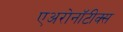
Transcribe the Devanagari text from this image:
एअरोनॉटीक्स